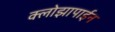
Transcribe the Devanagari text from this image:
क्लोझापाईन